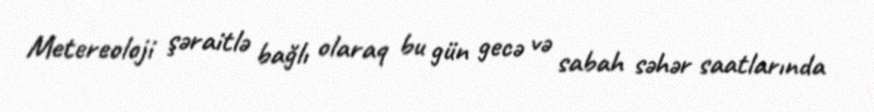
Metereoloji şəraitlə bağlı olaraq bu gün gecə və sabah səhər saatlarında